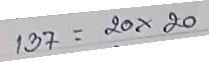
137 = 20 x 20